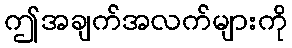
ဤအချက်အလက်များကို